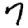
Digit: 7